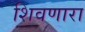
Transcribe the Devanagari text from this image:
शिवणारा